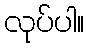
လုပ်ပါ။